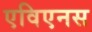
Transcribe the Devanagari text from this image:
एविएनस